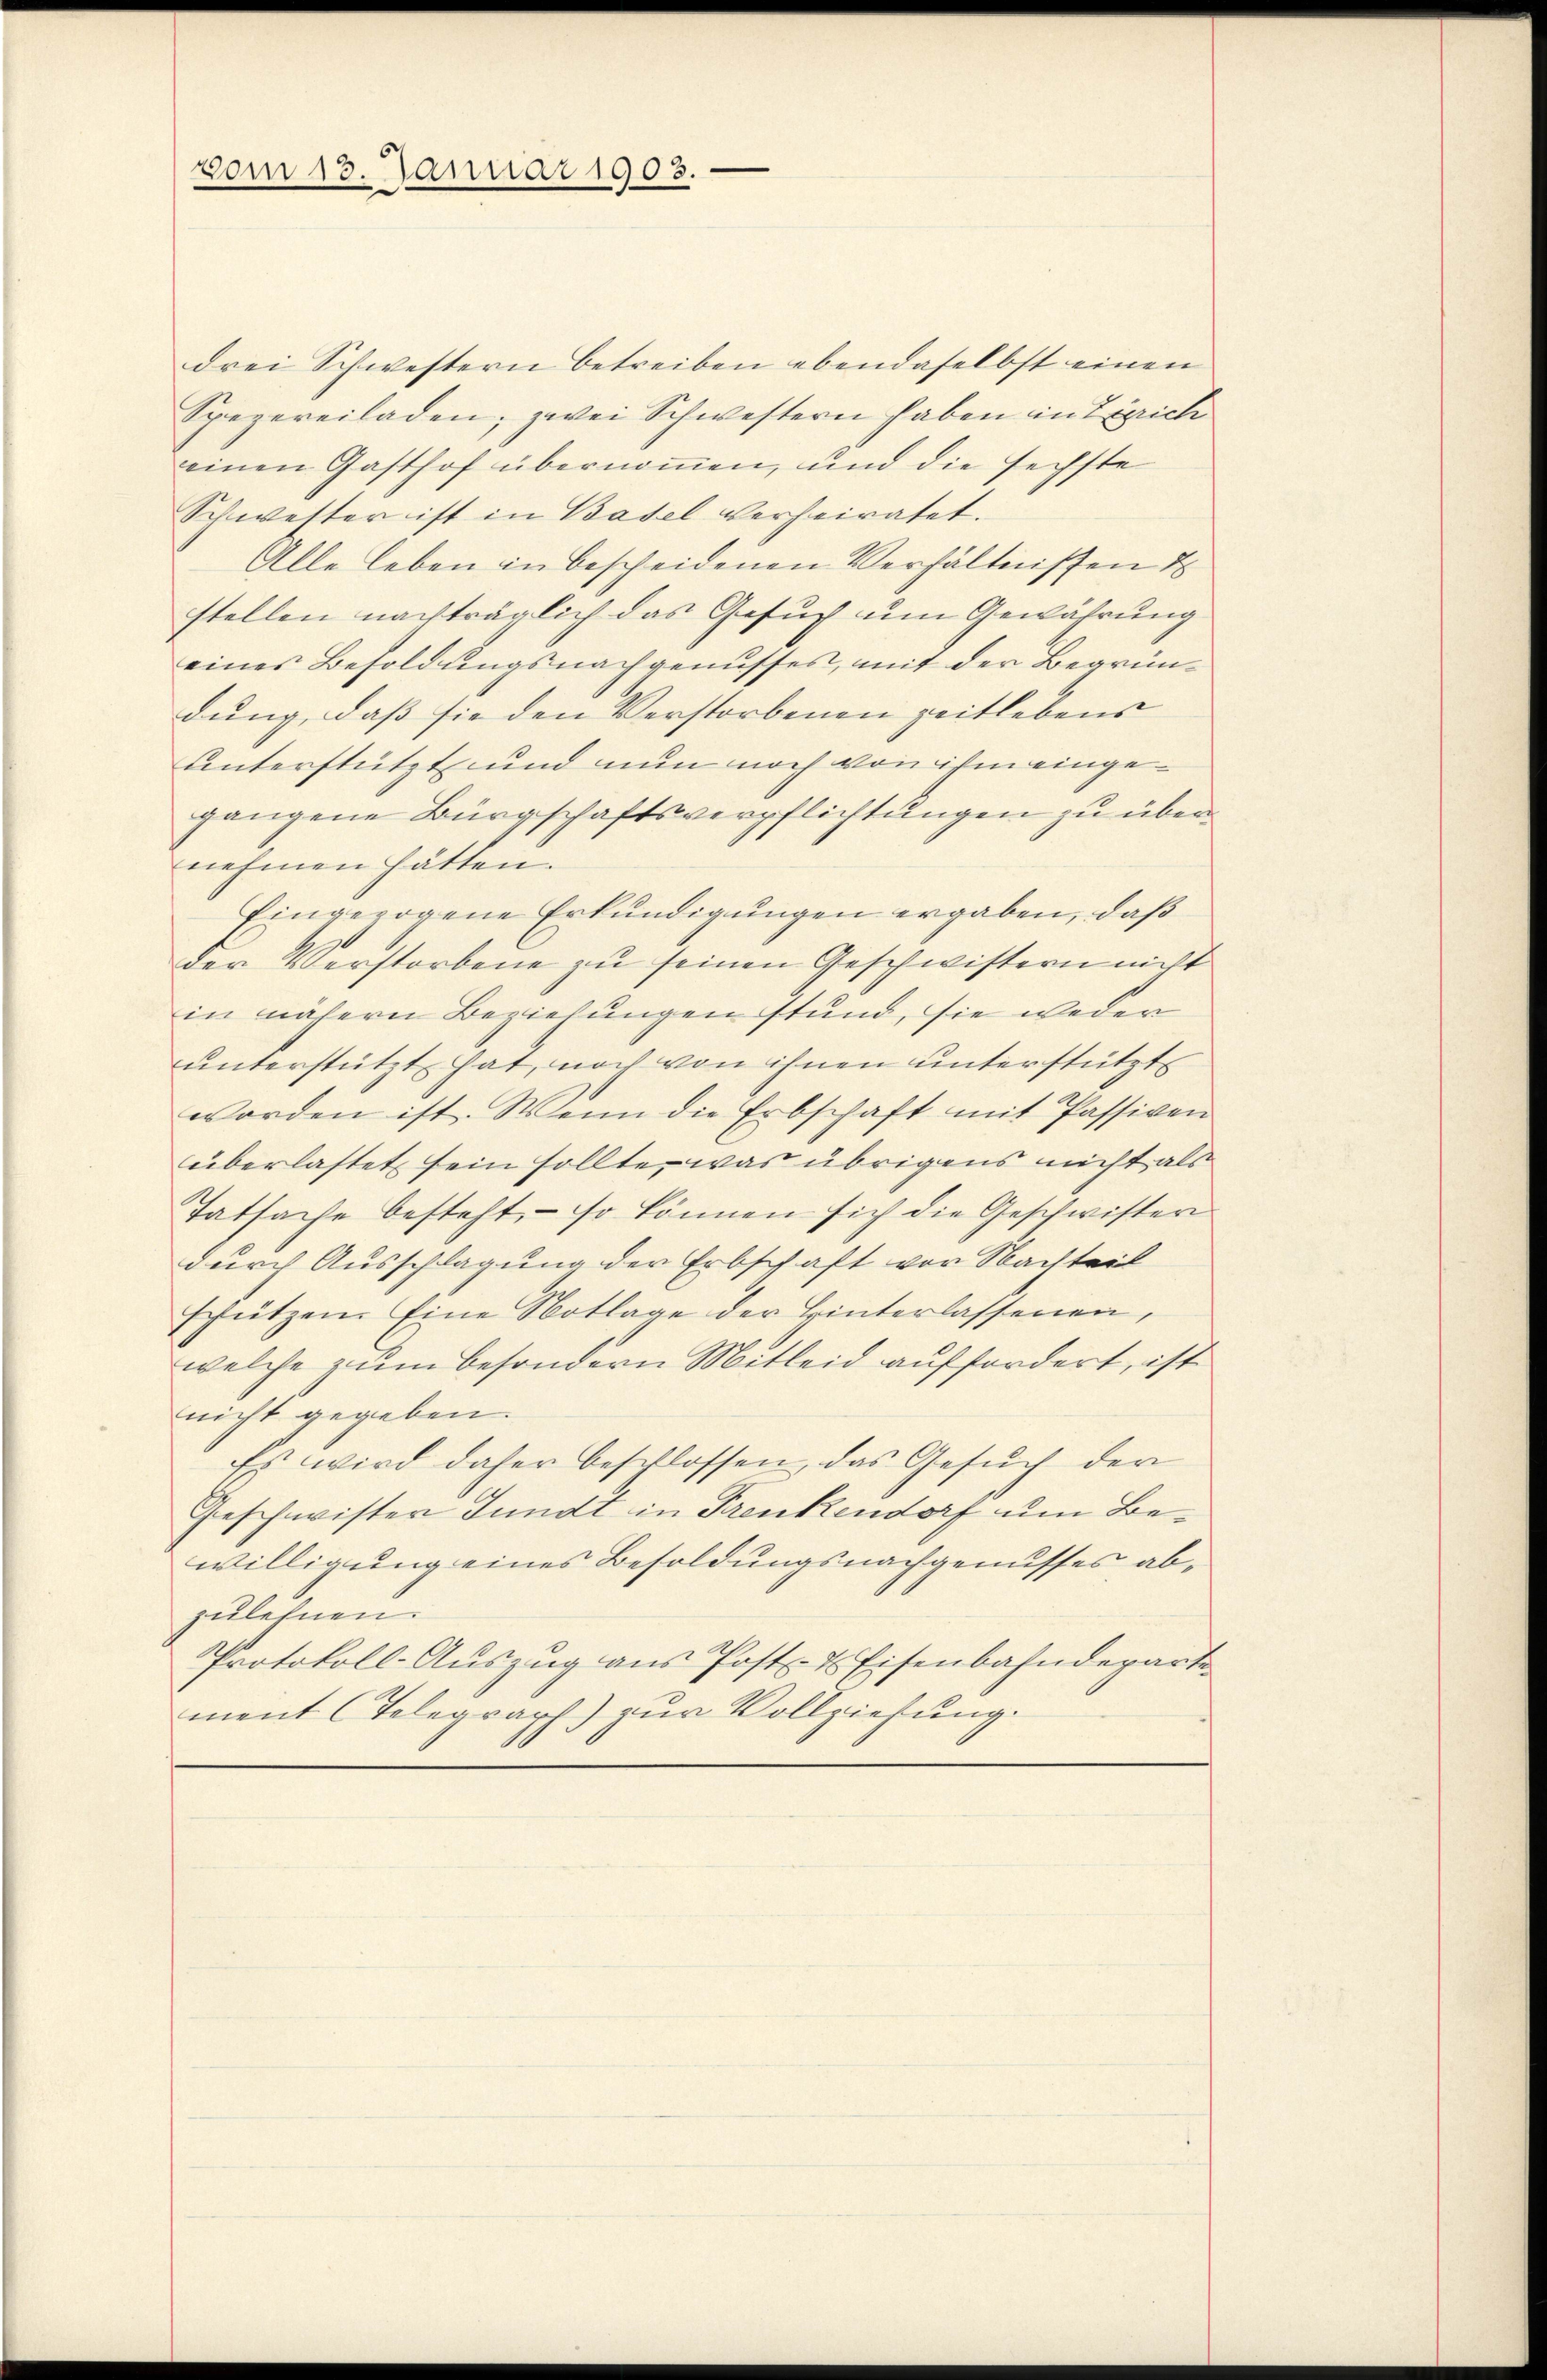
vom 13. Januar 1903.

drei Schwestern betreiben ebendaselbst einen
Spezereiladen; zwei Schwestern haben in Zürich
einen Gasthof übernommen, und die sechste
Schwetter ist in Basel verheiratet.
Alle leben in bescheidenen Verhältnissen d
stellen nachträglich das Gesuch um Gewährung
eines Besoldungsnachgenusses, mit der Begründung, dass sie den Verstorbenen zeitlebens
Unterstützt und nun noch von ihm eingegangene Bürgschaftsverpflichtungen zu übernehmen hätten.
Eingezogene Erkundigungen ergaben, daß
der Verstorbene zu seinen Geschwistern nicht
in nähern Beziehungen stund, sie weder
unterstützt hat, noch von ihnen unterstützt
worden ist. Wenn die Erbschaft mit Passiven
überlastet sein sollte, was übrigens nicht als
Tatsache besteht, so können sich die Geschwister
durch Ausschlagung der Erbschaft vor Nachteil
schützen. Eine Notlage der Hinterlassenen,
welche zum besondern Mitleid auffordert, ist
nicht gegeben.
Es wird daher beschlossen, das Gesŭch der
Geschwister Jundt in Frenkendorf um Bewilligung eines Besoldungsnachgenusses abzulehnen.
Protokoll-Auszug aus Post- & Eisenbahndeparte
ment (Telegraph) zur Vollziehung.